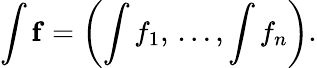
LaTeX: \int\mathbf{f}=\left(\int f_{1},\, \dots,\int f_{n}\right).